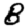
Digit: 8